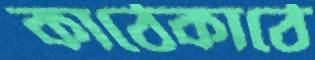
কাঠেকাঠে